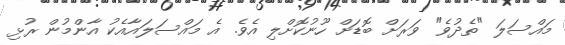
މައްސަލަ "ތެދުވެ" ވަރަށް ބޮޑަށް ހޫނުކޮށްލި އެވެ. އެ މައްސަލައާއެކު އާންމުން ރުޅި